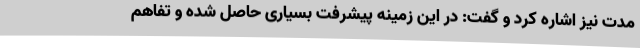
مدت نیز اشاره کرد و گفت: در این زمینه پیشرفت بسیاری حاصل شده و تفاهم